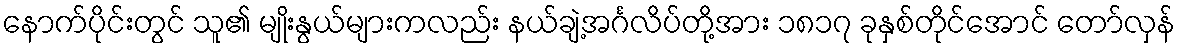
နောက်ပိုင်းတွင် သူ၏ မျိုးနွယ်များကလည်း နယ်ချဲ့အင်္ဂလိပ်တို့အား ၁၈၁၇ ခုနှစ်တိုင်အောင် တော်လှန်